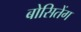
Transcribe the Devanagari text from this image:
बोसितेंग